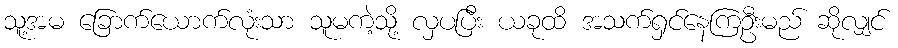
သူ့အမ ခြောက်ယောက်လုံးသာ သူမကဲ့သို့ လှပပြီး ယခုထိ အသက်ရှင်နေကြဦးမည် ဆိုလျှင်